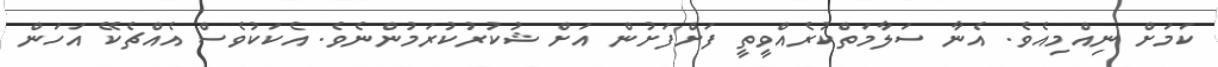
ކަމަށް ނިއްމިއެވެ. އެނާ ސަލާމަތްކުރެއްވީތީ ފަށްފަށުން އަށް ޝުކުރުކުރަމުންނެވެ. އެކަކުވެސް އެއްޗެކޭ އަހަން